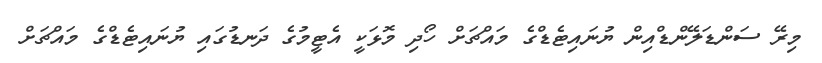
މިރޭ ސަންޑަލޭންޑްއިން ޔުނައިޓެޑްގެ މައްޗަށް ހޯދި މޮޅަކީ އެޓީމުގެ ދަނޑުގައި ޔުނައިޓެޑްގެ މައްޗަށް